Leaving Certificate Examination, 1921
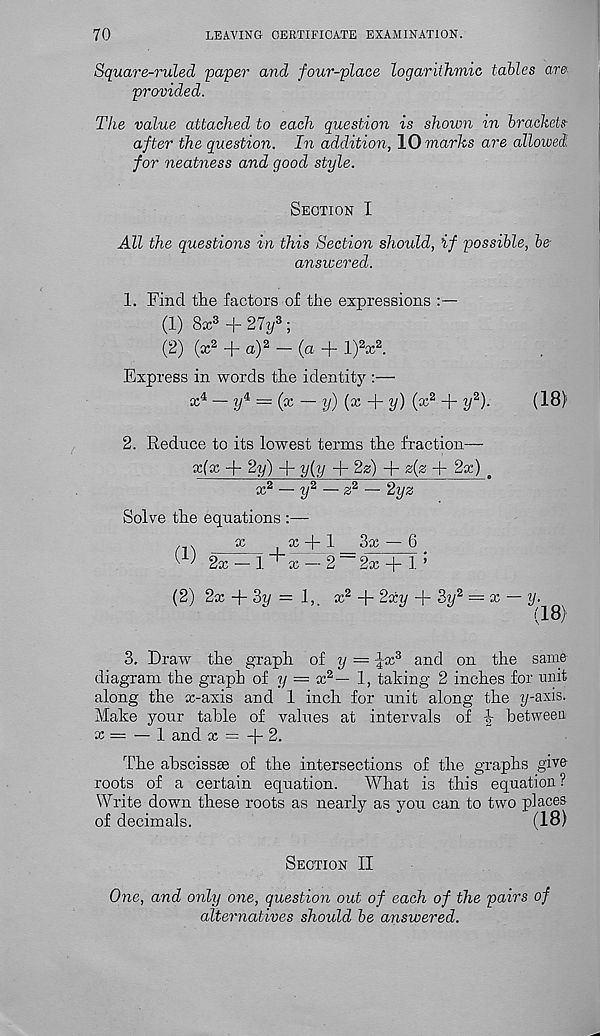
70
LEAVING CERTIFICATE EXAMINATION.
Square-ruled paper and four-place logarithmic tables are
provided.
The value attached to each question is shown in brackets-
after the question. In addition, \0 marks are allowed,
for neatness and good style.
Section I
All the questions in this Section should, if possible, be
answered.
1. Find the factors of the expressions :—
(1) 8x 3 + 27i/ 3 ;
(2) (x 2 + a) 2 - (a + l) 2 * 2 .
Express in words the identity :—
x 4 — y 4 = (x — y) (x + y) (x 2 + y 2 ).
(18)
2. Reduce to its lowest terms the fraction—
x(x +
+ y{y + 2g) + z(z + 2x) n
x* — y 2 — z 2 — 2yz
Solve the equations :—
, .
x
x + 1
3x — 6
■ ^ 2x — 1.
x — 2
2x + 1 ’
(2) 2x -f 3y = 1,. x 2 + 2xi/ + Zy 2 = x
3. Draw the graph of y = ^x 3 and on the same
diagram the graph of y = x 2 — 1, taking 2 inches for unit
along the x-axis and 1 inch for unit along the y-axis.
Make your table of values at intervals of
between
x — — 1 and x = -j - 2.
The abscissae of the intersections of the graphs give
roots of a certain equation.
What is this equation?
Write down these roots as nearly as you can to two places
of decimals.
(18)
Section II
One, and only one, question out of each of the pairs of
alternatives should be answered.